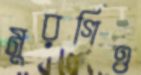
মুরগিও